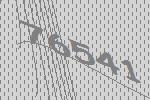
76541